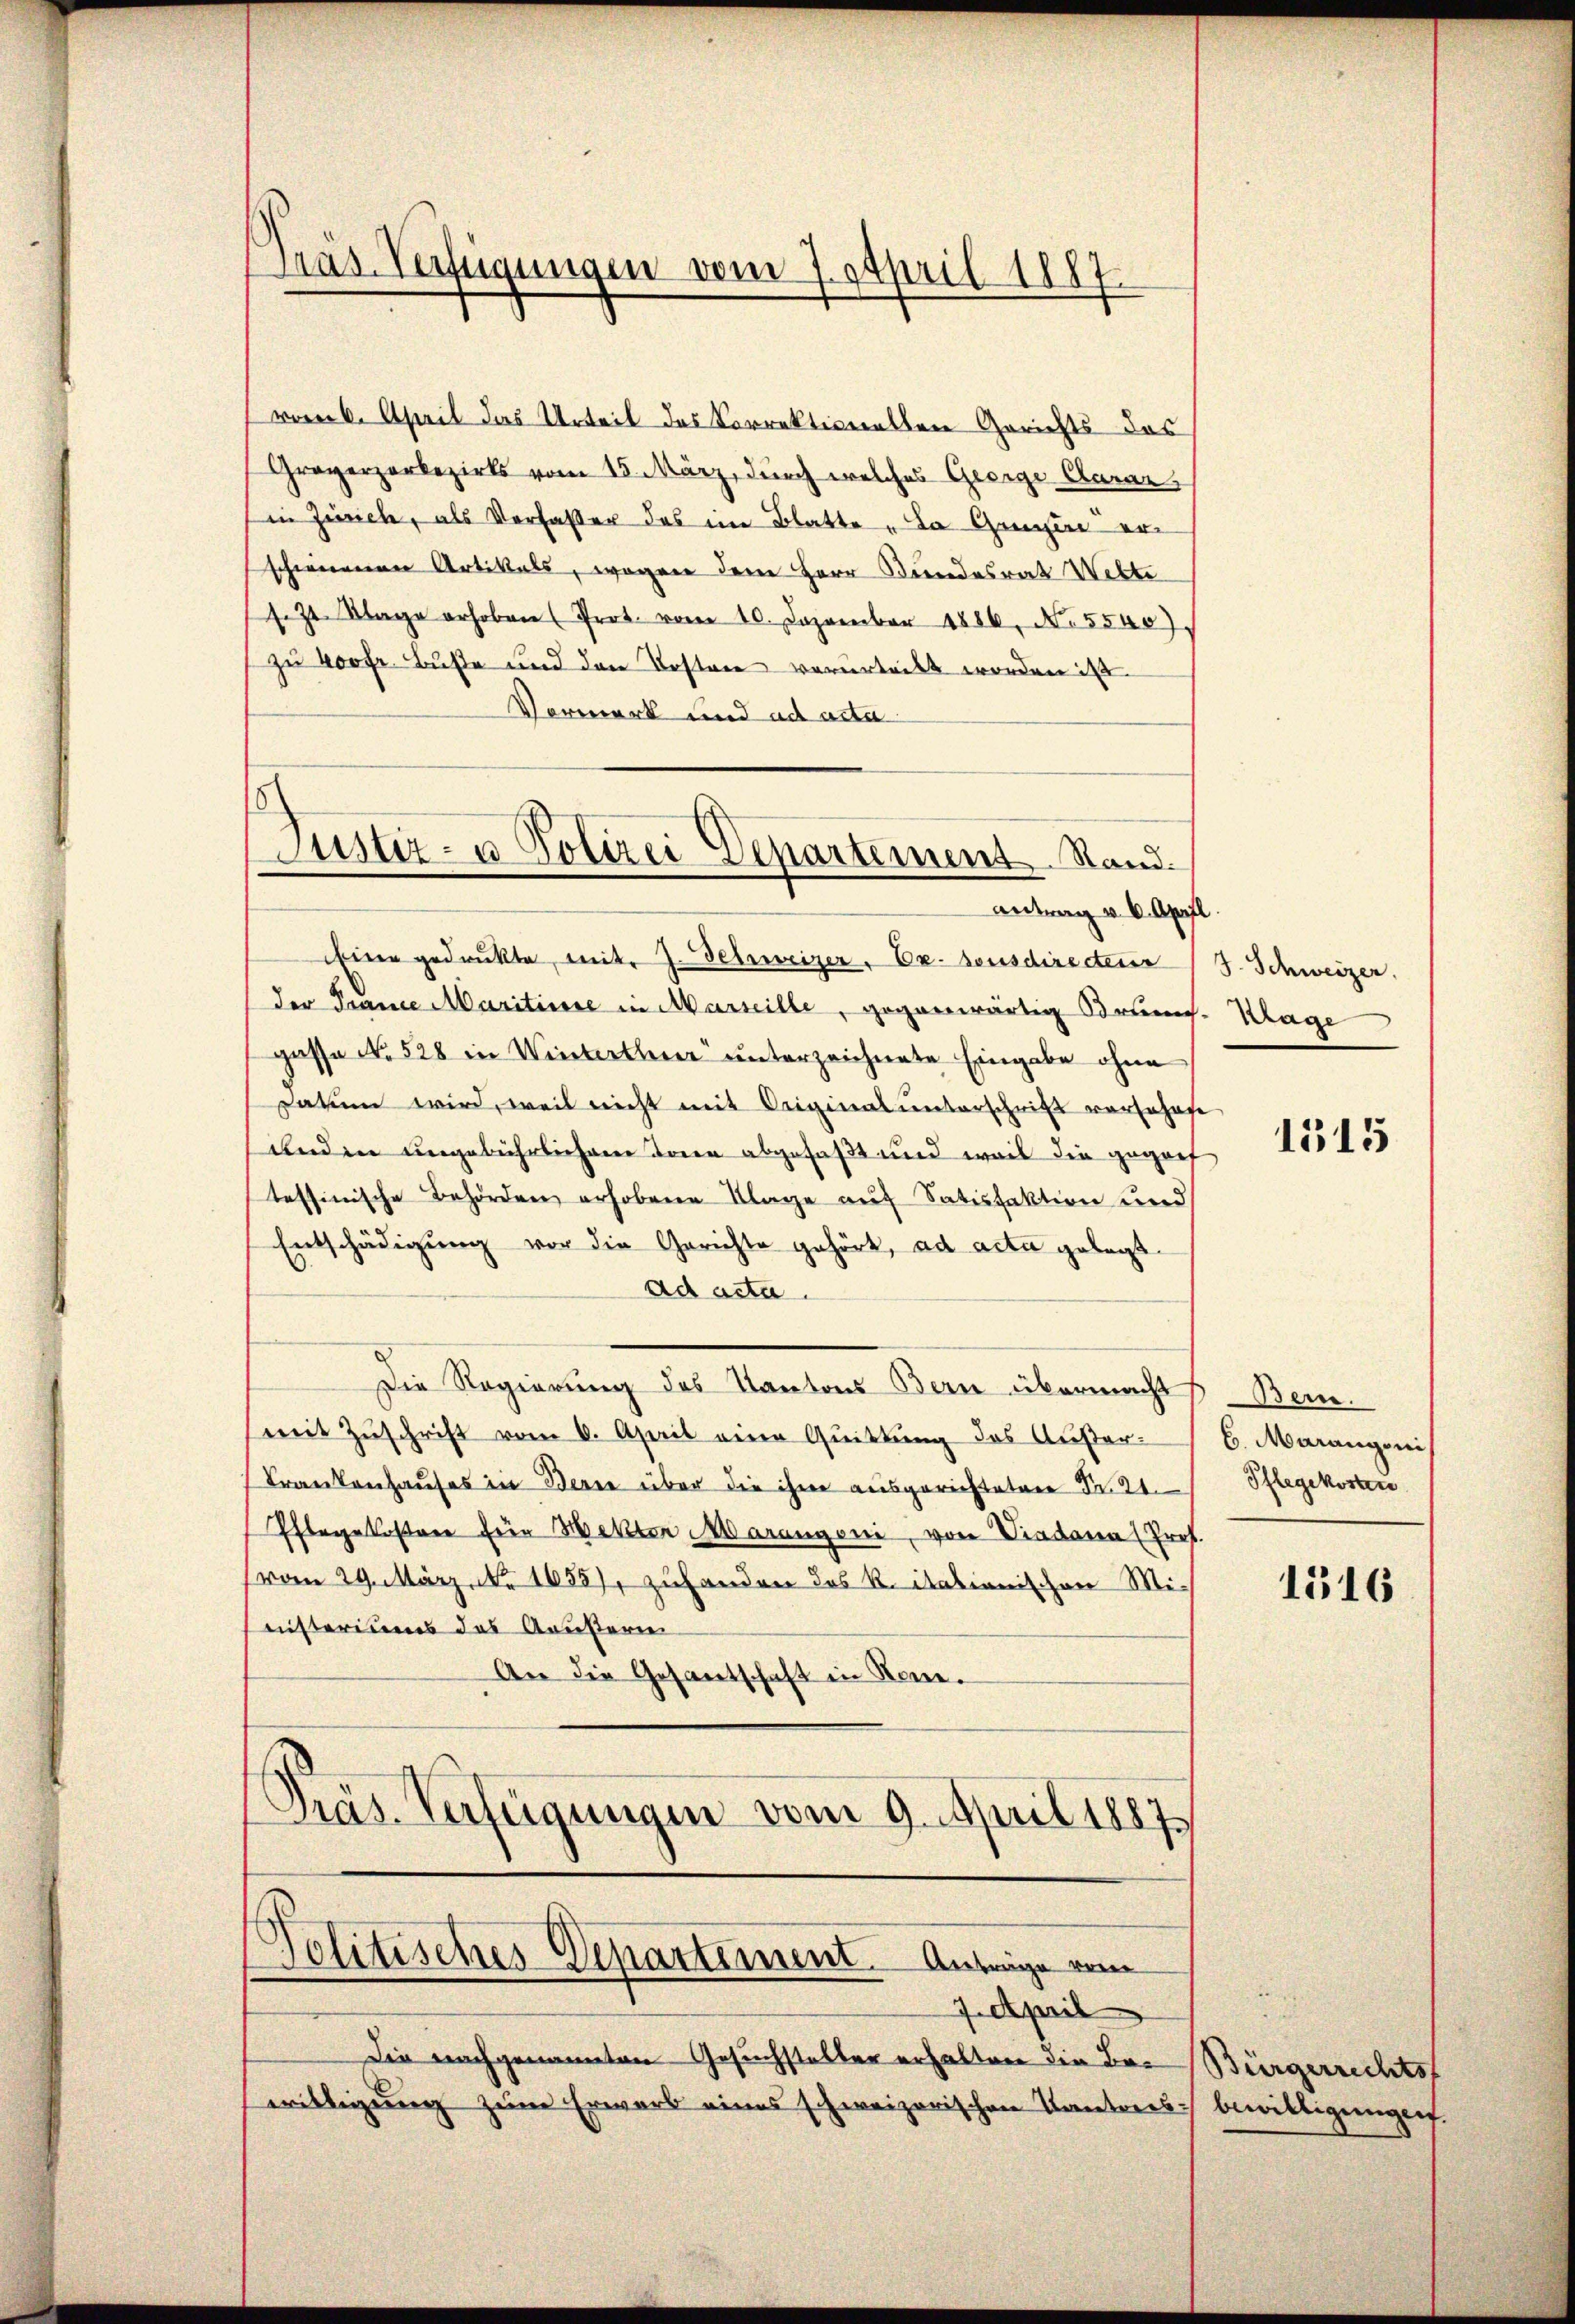
Präs. Verfügungen vom 7. April 1887

Justiz- u. Polizei Departement. Stand.
Antrag v. 6. Apr

vom 6. April das Urteil des Vorrektionellen Gerichts- das
Graverzorbezirks vom 15. März, durch welches George Clarar,
in Zürich, als Verfasser das im Blatte „Da Gresen er
schienenen Artikals, wogen dem Herr Bundesrat Wette
s. Zt. Klage erhoben (Prot. vom 10. Dezember 1886, N. 5540)
zu 400 fr. Buße und den Kosten verurteilt worden ist.
Vorwerk und ad acta
Eine gedrukte mit J. Schweizer. Ex. sonsdirecteur
der France Maritiere in Marseille, gegenwärtig Brunn
gasse No. 528 in Winterthur unterzeichnete Eingabe ohne
satum wird, weil nicht mit Originalunterschrift vorschaf
unden ungebührlicherer Toren abgefaßt und weil die gegenf
tessinische Behörden erhobene Klage auf Satisfaktion und
Entschädigung vor die Gerichte gehört, ad acta gelegt.
ad acta.
Die Regierung des Kantons Bern übermacht
mit Zuschrift vom 6. April eine Quittung des Außer¬
Trankenhauses in Berne über die ihm ausgerichteten St.
Pflegekostere für Hektor Marangeni, von Viadanal Prof.
(vom 29. März. No 1655), zuhanden das K. itationischen Mi-
nisteriums des Aeußeren
An die Gesantschaft in Rom.
Präs. Verfügungen vom 9. April 1887

Jolitisches Departement. Anträge vom

7. April
Die nachgenannten Gesuchsteller erhalten die Bewilligung zum Erwarb eines schweizerischen Kontreis¬

.

J. Schweizer.
Klage

1515

Bern.
6. Marangeni
Pflegekosten

1516

Bürgerrechts
bewilligungen.